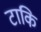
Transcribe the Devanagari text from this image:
टाकि